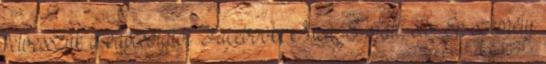
felvesszük a kapcsolatot Facebook; Msn; E-mail; stb. .Én személy